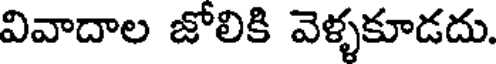
వివాదాల జోలికి వెళ్ళకూడదు.